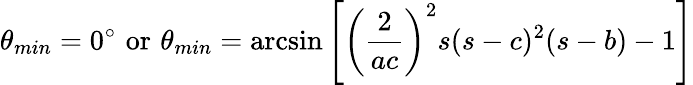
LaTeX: \theta_{min}=0^{\circ}\, \, \mathrm{or}\, \, \theta_{min}=\arcsin\left[\left(\frac{2}{ac}\right)^{2}s(s-c)^{2}(s-b)-1\right]